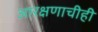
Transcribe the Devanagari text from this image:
आरक्षणाचीही